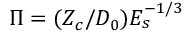
\Pi = ( Z _ { c } / D _ { 0 } ) E _ { s } ^ { - 1 / 3 }